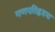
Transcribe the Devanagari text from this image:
गणपतिहृदया